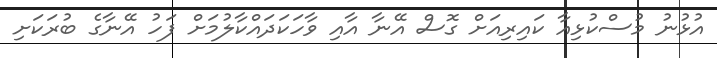
އުޅުނު މުސްކުޅިއާ ކައިރިއަށް ގޮސް އޭނާ އާއި ވާހަކަދައްކާލުމަށް ފަހު އޭނާގެ ބުރަކަށި